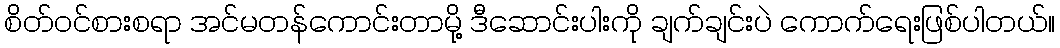
စိတ်ဝင်စားစရာ အင်မတန်ကောင်းတာမို့ ဒီဆောင်းပါးကို ချက်ချင်းပဲ ကောက်ရေးဖြစ်ပါတယ်။